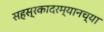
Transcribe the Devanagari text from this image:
सहस्रकादरम्यानच्या